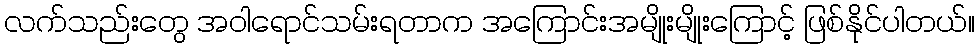
လက်သည်းတွေ အဝါရောင်သမ်းရတာက အကြောင်းအမျိုးမျိုးကြောင့် ဖြစ်နိုင်ပါတယ်။